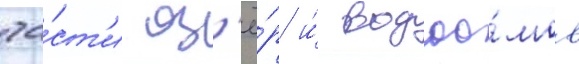
ча́ст'и оз'ё́р и́ водоо́мов